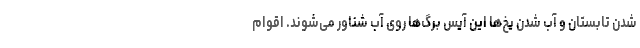
شدن تابستان و آب شدن یخ‌ها این آیس برگ‌ها روی آب شناور می‌شوند. اقوام